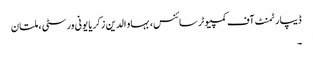
ڈیپارٹمنٹ آف کمپیوٹر سائنس، بہاو الدین زکریا یونی ورسٹی ، ملتان
۔